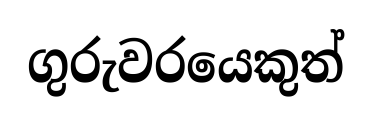
ගුරුවරයෙකුත්